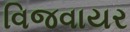
વિજવાયર